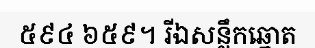
៥៩៤ ៦៥៩។ រីឯសន្លឹកឆ្នោត